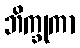
ဘိက္ခုကာ